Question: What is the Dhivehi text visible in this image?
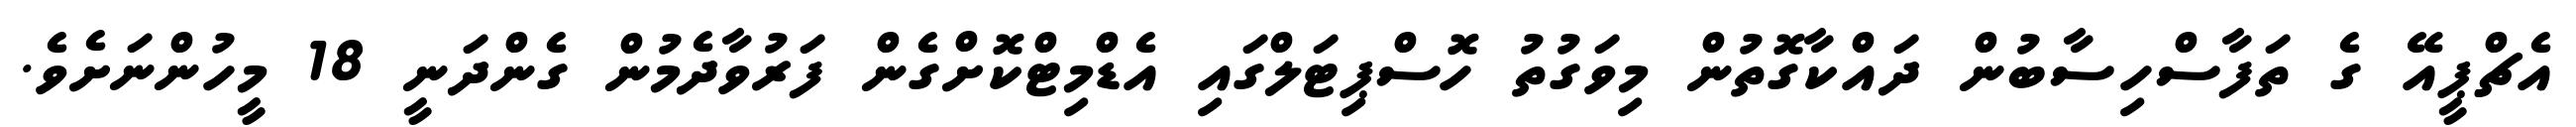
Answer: އެޗްޕީއޭ ގެ ތަފާސްހިސާބުން ދައްކާގޮތުން މިވަގުތު ހޮސްޕިޓަލްގައި އެޑްމިޓްކޮށްގެން ފަރުވާދެމުން ގެންދަނީ 18 މީހުންނަށެވެ.